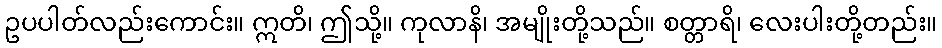
ဥပပါတ်လည်းကောင်း။ ဣတိ၊ ဤသို့။ ကုလာနိ၊ အမျိုးတို့သည်။ စတ္တာရိ၊ လေးပါးတို့တည်း။